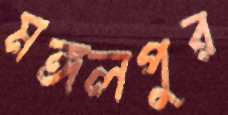
মঙ্গলপুর